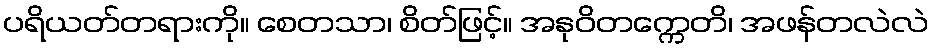
ပရိယတ်တရားကို။ စေတသာ၊ စိတ်ဖြင့်။ အနုဝိတက္ကေတိ၊ အဖန်တလဲလဲ